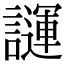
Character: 𧬪